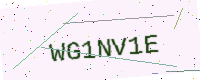
Text: WG1NV1E